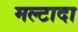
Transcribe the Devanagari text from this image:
मल्टादा